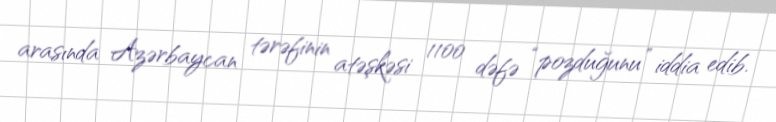
arasında Azərbaycan tərəfinin atəşkəsi 1100 dəfə “pozduğunu” iddia edib.